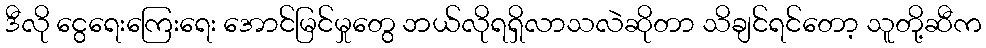
ဒီလို ငွေရေးကြေးရေး အောင်မြင်မှုတွေ ဘယ်လိုရရှိလာသလဲဆိုတာ သိချင်ရင်တော့ သူတို့ဆီက